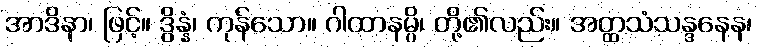
အာဒိနာ၊ ဖြင့်။ ဒွိန္နံ၊ ကုန်သော။ ဂါထာနမ္ပိ၊ တို့၏လည်း။ အတ္ထသံသန္ဒနေန၊